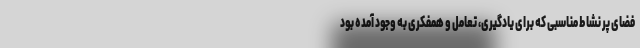
فضای پر نشاط مناسبی که برای یادگیری، تعامل و همفکری به وجود آمده بود